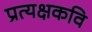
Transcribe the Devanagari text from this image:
प्रत्यक्षकवि